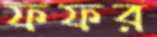
ফফর